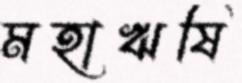
মহাঋষি